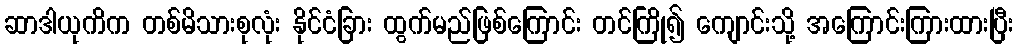
ဆာဒါယုကိက တစ်မိသားစုလုံး နိုင်ငံခြား ထွက်မည်ဖြစ်ကြောင်း တင်ကြို၍ ကျောင်းသို့ အကြောင်းကြားထားပြီး